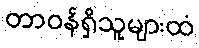
တာဝန်ရှိသူများထံ